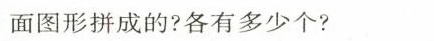
面图形拼成的?各有多少个?